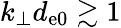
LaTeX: k_{\perp}d_{\mathrm{e0}}\gtrsim 1